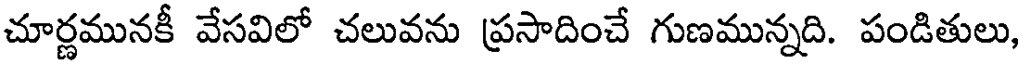
చూర్ణమునకీ వేసవిలో చలువను ప్రసాదించే గుణమున్నది. పండితులు,